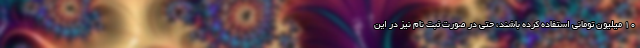
۱۰ میلیون تومانی استفاده کرده باشند، حتی در صورت ثبت نام نیز در این